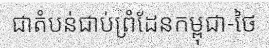
ជាតំបន់ជាប់ព្រំដែនកម្ពុជា-ថៃ